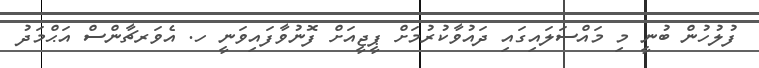
ފުލުހުން ބުނީ މި މައްސަލައިގައި ދައުވާކުރުމަށް ޕީޖީއަށް ފޮނުވާފައިވަނީ ހ. އެވަރޗާންސް އަޙްމަދު